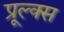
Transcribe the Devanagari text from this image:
प्रूल्क्स